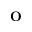
\mathbf O